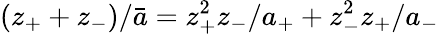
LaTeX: (z_{+}+z_{-})/\bar{a}=z_{+}^{2}z_{-}/a_{+}+z_{-}^{2}z_{+}/a_{-}